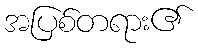
အပြစ်တရား၏